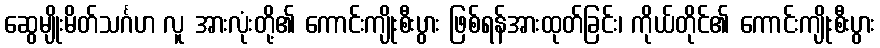
ဆွေမျိုးမိတ်သင်္ဂဟ လူ အားလုံးတို့၏ ကောင်းကျိုးစီးပွား ဖြစ်ရန်အားထုတ်ခြင်း၊ ကိုယ်တိုင်၏ ကောင်းကျိုးစီးပွား